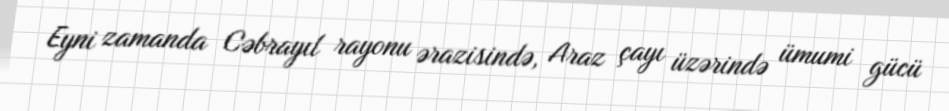
Eyni zamanda Cəbrayıl rayonu ərazisində, Araz çayı üzərində ümumi gücü